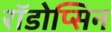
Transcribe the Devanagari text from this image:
रॉडोप्सिन